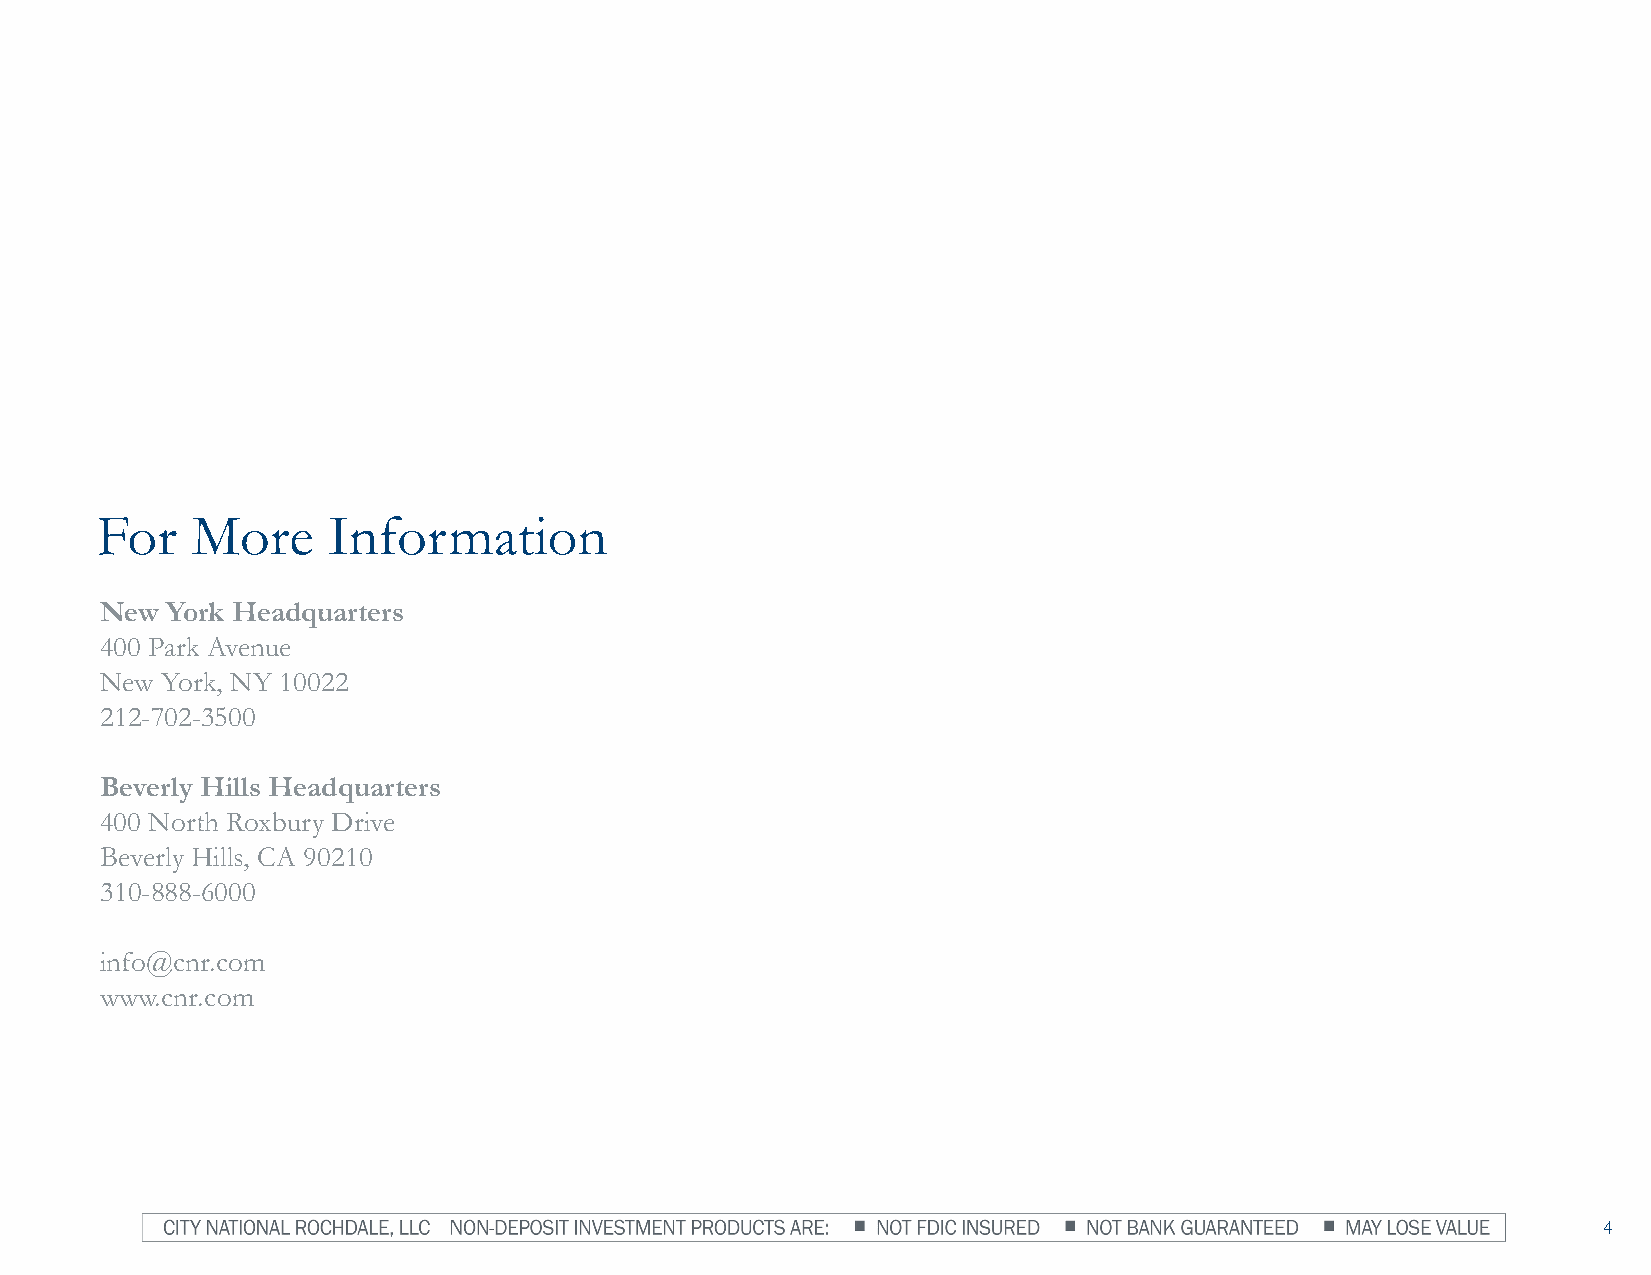
For    More     Information
 New York Headquarters
 400 Park Avenue
 New York, NY 10022
 212-702-3500
 Beverly Hills Headquarters
 400 North Roxbury Drive
 Beverly Hills, CA 90210
 310-888-6000
 info@cnr.com
 www.cnr.com
 4